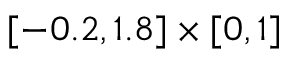
[ - 0 . 2 , 1 . 8 ] \times [ 0 , 1 ]